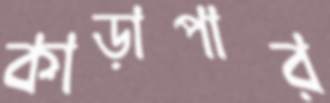
কাড়াপার